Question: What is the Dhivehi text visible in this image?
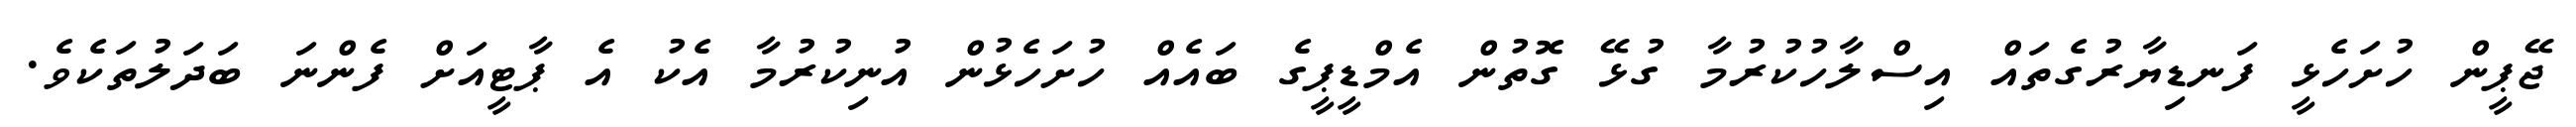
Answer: ޖޭޕީން ހުށަހެޅީ ފަނޑިޔާރުގެތައް އިސްލާހުކުރުމާ ގުޅޭ ގޮތުން އެމްޑީޕީގެ ބައެއް ހުށަހެޅުން އުނިކުރުމާ އެކު އެ ޕާޓީއަށް ފެންނަ ބަދަލުތަކެވެ.